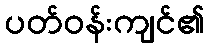
ပတ်ဝန်းကျင်၏